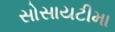
સોસાયટીમા